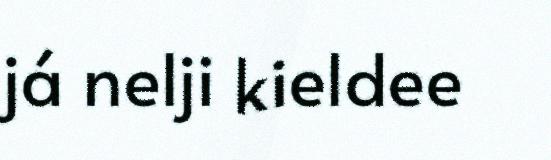
já nelji kieldee